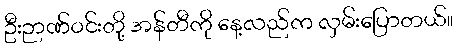
ဦးဉာဏ်ဝင်းတို့ အန်တီကို နေ့လည်က လှမ်းပြောတယ်။